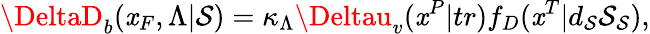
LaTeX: \DeltaD_{b}(\mathit{x}_{F},\Lambda|\mathcal{S})=\kappa_{\Lambda}\Deltau_{v}(\mathit{x}^{P}|tr)f_{D}(\mathit{x}^{T}|d_{\mathcal{S}}\mathcal{S}_{\mathcal{S}}),